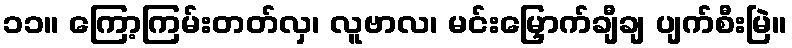
၁၁။ ကြော့ကြမ်းတတ်လှ၊ လူဗာလ၊ မင်းမြှောက်ချီချ ပျက်စီးမြဲ။